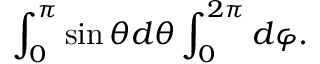
\int _ { 0 } ^ { \pi } \sin \theta d \theta \int _ { 0 } ^ { 2 \pi } d \varphi .